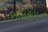
બાધકામના